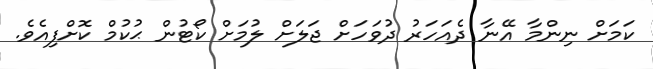
ކަމަށް ނިންމާ އޭނާ ދެއަހަރު ދުވަހަށް ޖަލަށް ލުމަށް ކޯޓުން ޙުކުމް ކޮށްފިއެވެ.